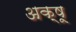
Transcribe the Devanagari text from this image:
अक्षू